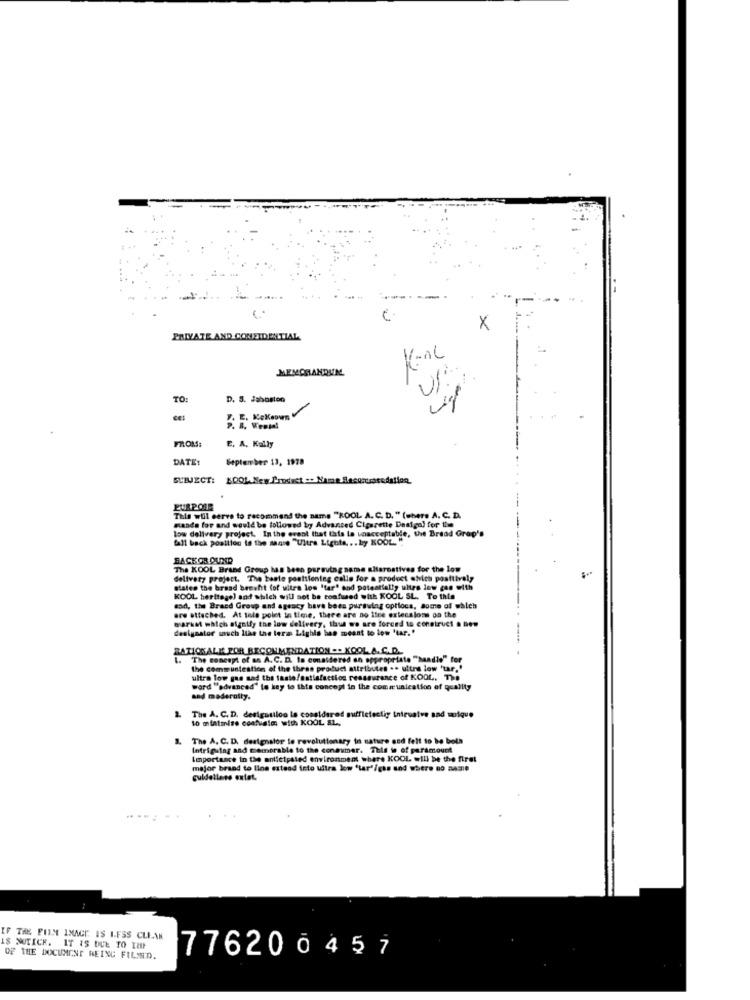
X
PRIVATE AND CONFIDENTIAL
Kanc
MEMORANDUM
TO:
D. S. Jaboston
F. E. Kokaown V
P. 8. Wentel
FROM:
E, A. Kally
DATE:
September 13, 1978
SUIUECT:
KOOL. New Product Name Baconcosedation
PURPOSE
This will serve to recommend the name "KOOL A. C. D. " (abere A. C. D.
manda for and would be followed by Advanced Cigarette Desigal for the
low delivery project. In the event that this la inacceptable, the Bread Grap's
fall back position is the manse "Ultra Lighte ... by KOOL. ""
BACK OR OUND
The KOOL Brand Group has been pursuing name alternatives for the low
delivery project. The beste poatsioning calle for a product which positively
states the braad benefit (of uitra los "tar' and potentially ultra inw gas with
KOOL heritage) and which will not be confused with KOOL SL. To this
are attached. At tele point in time, there are no Ifre extecaloss oo the
sad, the Bracd Group and ageacy have been purswing options, some of which
warkst which signify the low delivery, thus we are forced to construct . nem
designator such like the lera Lighis hen meant to low 'lar. "
RATIONALE FOR RECOMMENDATION .. KOOL.A. C.D.
The concept of an A. C. D. Is considered an appropriate ""handle" for
the Communtestion of the theas product attributes .. ultra low 'tar."
ultra low gas sad the taste/satisfaction reassurance of KOOL, The
word ""advanced" to key to this concept in the communication of quality
and mederally.
2
The A. C. D. derigasiloo lo considered sufficteslig inievalve and unique
10 mlatmise coafvalm with KOOL SL.
The A. C. D. designslor le revolutionary in nature and felt to be both
Intriguing and memorable to the consumer. This ie of paramount
Importance in the anticipated environment where KOOL will be the first
major brand to line extend teto ultra low "tar'/ghs and where DO BA3:e
guidellens extat.
IF THE FILM IMAGE IS LESS CLEAN
IS MUTICK. IT IS DUE TO THE
OF THE DOCUMENT BEING FILMED.
776200457